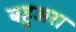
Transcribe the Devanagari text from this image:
बहुअरा